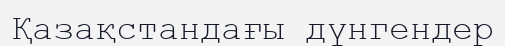
Қазақстандағы дүнгендер